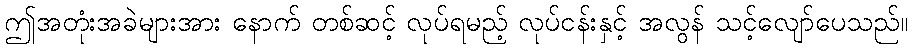
ဤအတုံးအခဲများအား နောက် တစ်ဆင့် လုပ်ရမည့် လုပ်ငန်းနှင့် အလွန် သင့်လျော်ပေသည်။